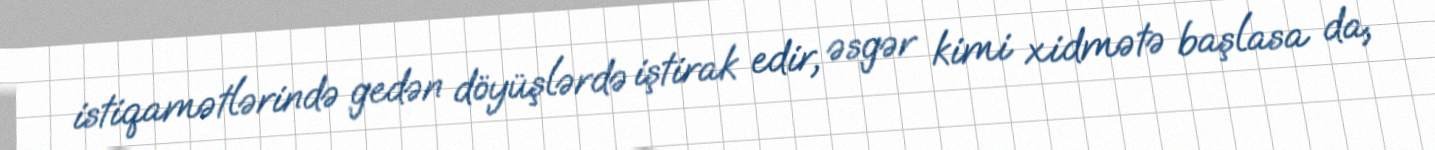
istiqamətlərində gedən döyüşlərdə iştirak edir, əsgər kimi xidmətə başlasa da,